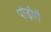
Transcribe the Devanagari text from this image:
पोढ़ीगै